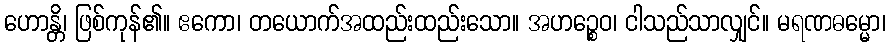
ဟောန္တိ၊ ဖြစ်ကုန်၏။ ဧကော၊ တယောက်အထည်းထည်းသော။ အဟဉ္စေဝ၊ ငါသည်သာလျှင်။ မရဏဓမ္မော၊